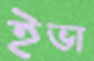
ইভা